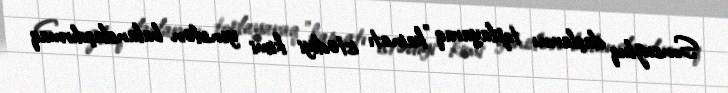
Sonsuzluq daşlarını toplayaraq "kainatı istədiyi kimi yenidən balanslaşdırmaq